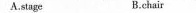
A.stage B.chair